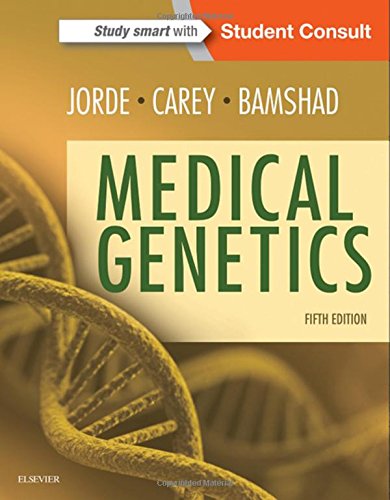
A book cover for Medical Genetics, 5e; Lynn B. Jorde PhD; Medical Books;